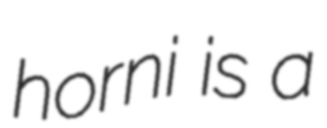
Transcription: horni is a